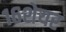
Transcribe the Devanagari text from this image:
१६शेयर